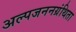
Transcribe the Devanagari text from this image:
अल्पजननग्रंथिता